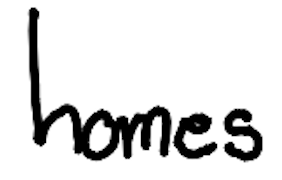
Text: homes
Cross-out: clean
Writing tool: digital_black